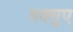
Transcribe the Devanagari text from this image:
दक्सुए